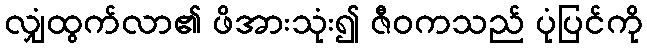
လျှံထွက်လာ၏ ဖိအားသုံး၍ ဇီဝကသည် ပုံပြင်ကို